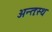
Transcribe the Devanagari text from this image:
अन्तःस्थ